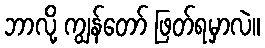
ဘာလို့ ကျွန်တော် ဖြတ်ရမှာလဲ။